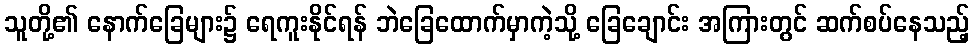
သူတို့၏ နောက်ခြေများ၌ ရေကူးနိုင်ရန် ဘဲခြေထောက်မှာကဲ့သို့ ခြေချောင်း အကြားတွင် ဆက်စပ်နေသည့်